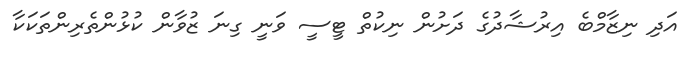
އަދި ނިޒާމްބެ އިރުޝާދުގެ ދަށުން ނިކުތް ޓީސީ ވަނީ ގިނަ ޒުވާން ކުޅުންތެރިންތަކަކާ